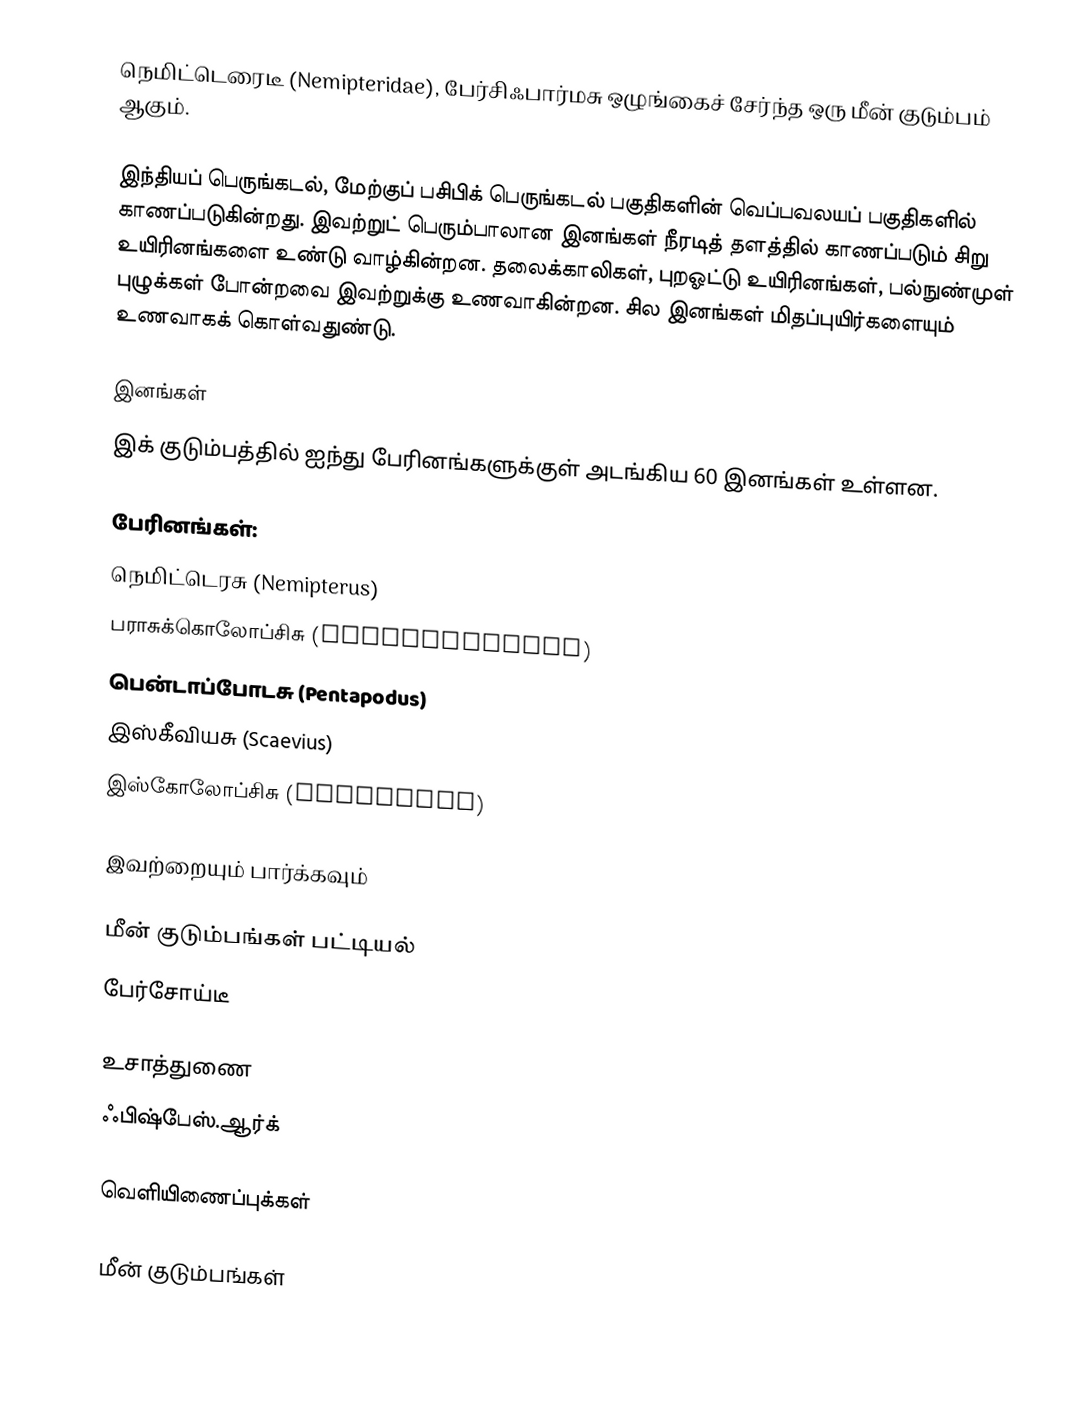
நெமிட்டெரைடீ (Nemipteridae), பேர்சிஃபார்மசு ஒழுங்கைச் சேர்ந்த ஒரு மீன் குடும்பம் ஆகும்.

இந்தியப் பெருங்கடல், மேற்குப் பசிபிக் பெருங்கடல் பகுதிகளின் வெப்பவலயப் பகுதிகளில் காணப்படுகின்றது. இவற்றுட் பெரும்பாலான இனங்கள் நீரடித் தளத்தில் காணப்படும் சிறு உயிரினங்களை உண்டு வாழ்கின்றன. தலைக்காலிகள், புறஓட்டு உயிரினங்கள், பல்நுண்முள் புழுக்கள் போன்றவை இவற்றுக்கு உணவாகின்றன. சில இனங்கள் மிதப்புயிர்களையும் உணவாகக் கொள்வதுண்டு.

இனங்கள்
இக் குடும்பத்தில் ஐந்து பேரினங்களுக்குள் அடங்கிய 60 இனங்கள் உள்ளன.

பேரினங்கள்:
 நெமிட்டெரசு (Nemipterus)
 பராசுக்கொலோப்சிசு (Parascolopsis)
 பென்டாப்போடசு (Pentapodus)
 இஸ்கீவியசு (Scaevius)
 இஸ்கோலோப்சிசு (Scolopsis)

இவற்றையும் பார்க்கவும்

 மீன் குடும்பங்கள் பட்டியல்
 பேர்சோய்டீ

உசாத்துணை
 ஃபிஷ்பேஸ்.ஆர்க்

வெளியிணைப்புக்கள்

மீன் குடும்பங்கள்